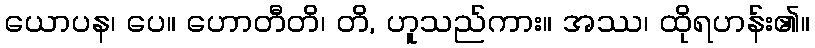
ယောပန၊ ပေ။ ဟောတီတိ၊ တိ, ဟူသည်ကား။ အဿ၊ ထိုရဟန်း၏။